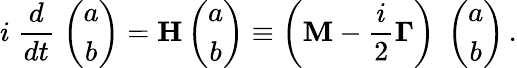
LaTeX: i\; \frac{d}{dt}\; \left(\begin{array}{c}{{a}}\\ {{b}}\end{array}\right)={\mathbf H}\left(\begin{array}{c}{{a}}\\ {{b}}\end{array}\right)\equiv\left({\mathbf M}-\frac{i}{2}{\mathbf\Gamma}\right)\; \left(\begin{array}{c}{{a}}\\ {{b}}\end{array}\right)\, .